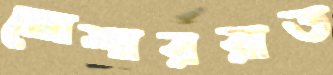
মোশাররাত